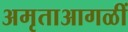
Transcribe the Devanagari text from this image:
अमृताआगळीं